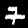
Digit: 7